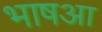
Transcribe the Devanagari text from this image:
भाषआ